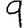
Digit: 9